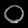
Digit: ၀